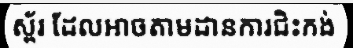
ស្ព័រ ដែលអាចតាមដានការជិះកង់